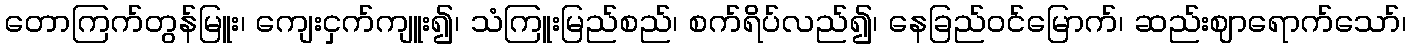
တောကြက်တွန်မြူး၊ ကျေးငှက်ကျူး၍၊ သံကြူးမြည်စည်၊ စက်ရိပ်လည်၍၊ နေခြည်ဝင်မြောက်၊ ဆည်းဈာရောက်သော်၊